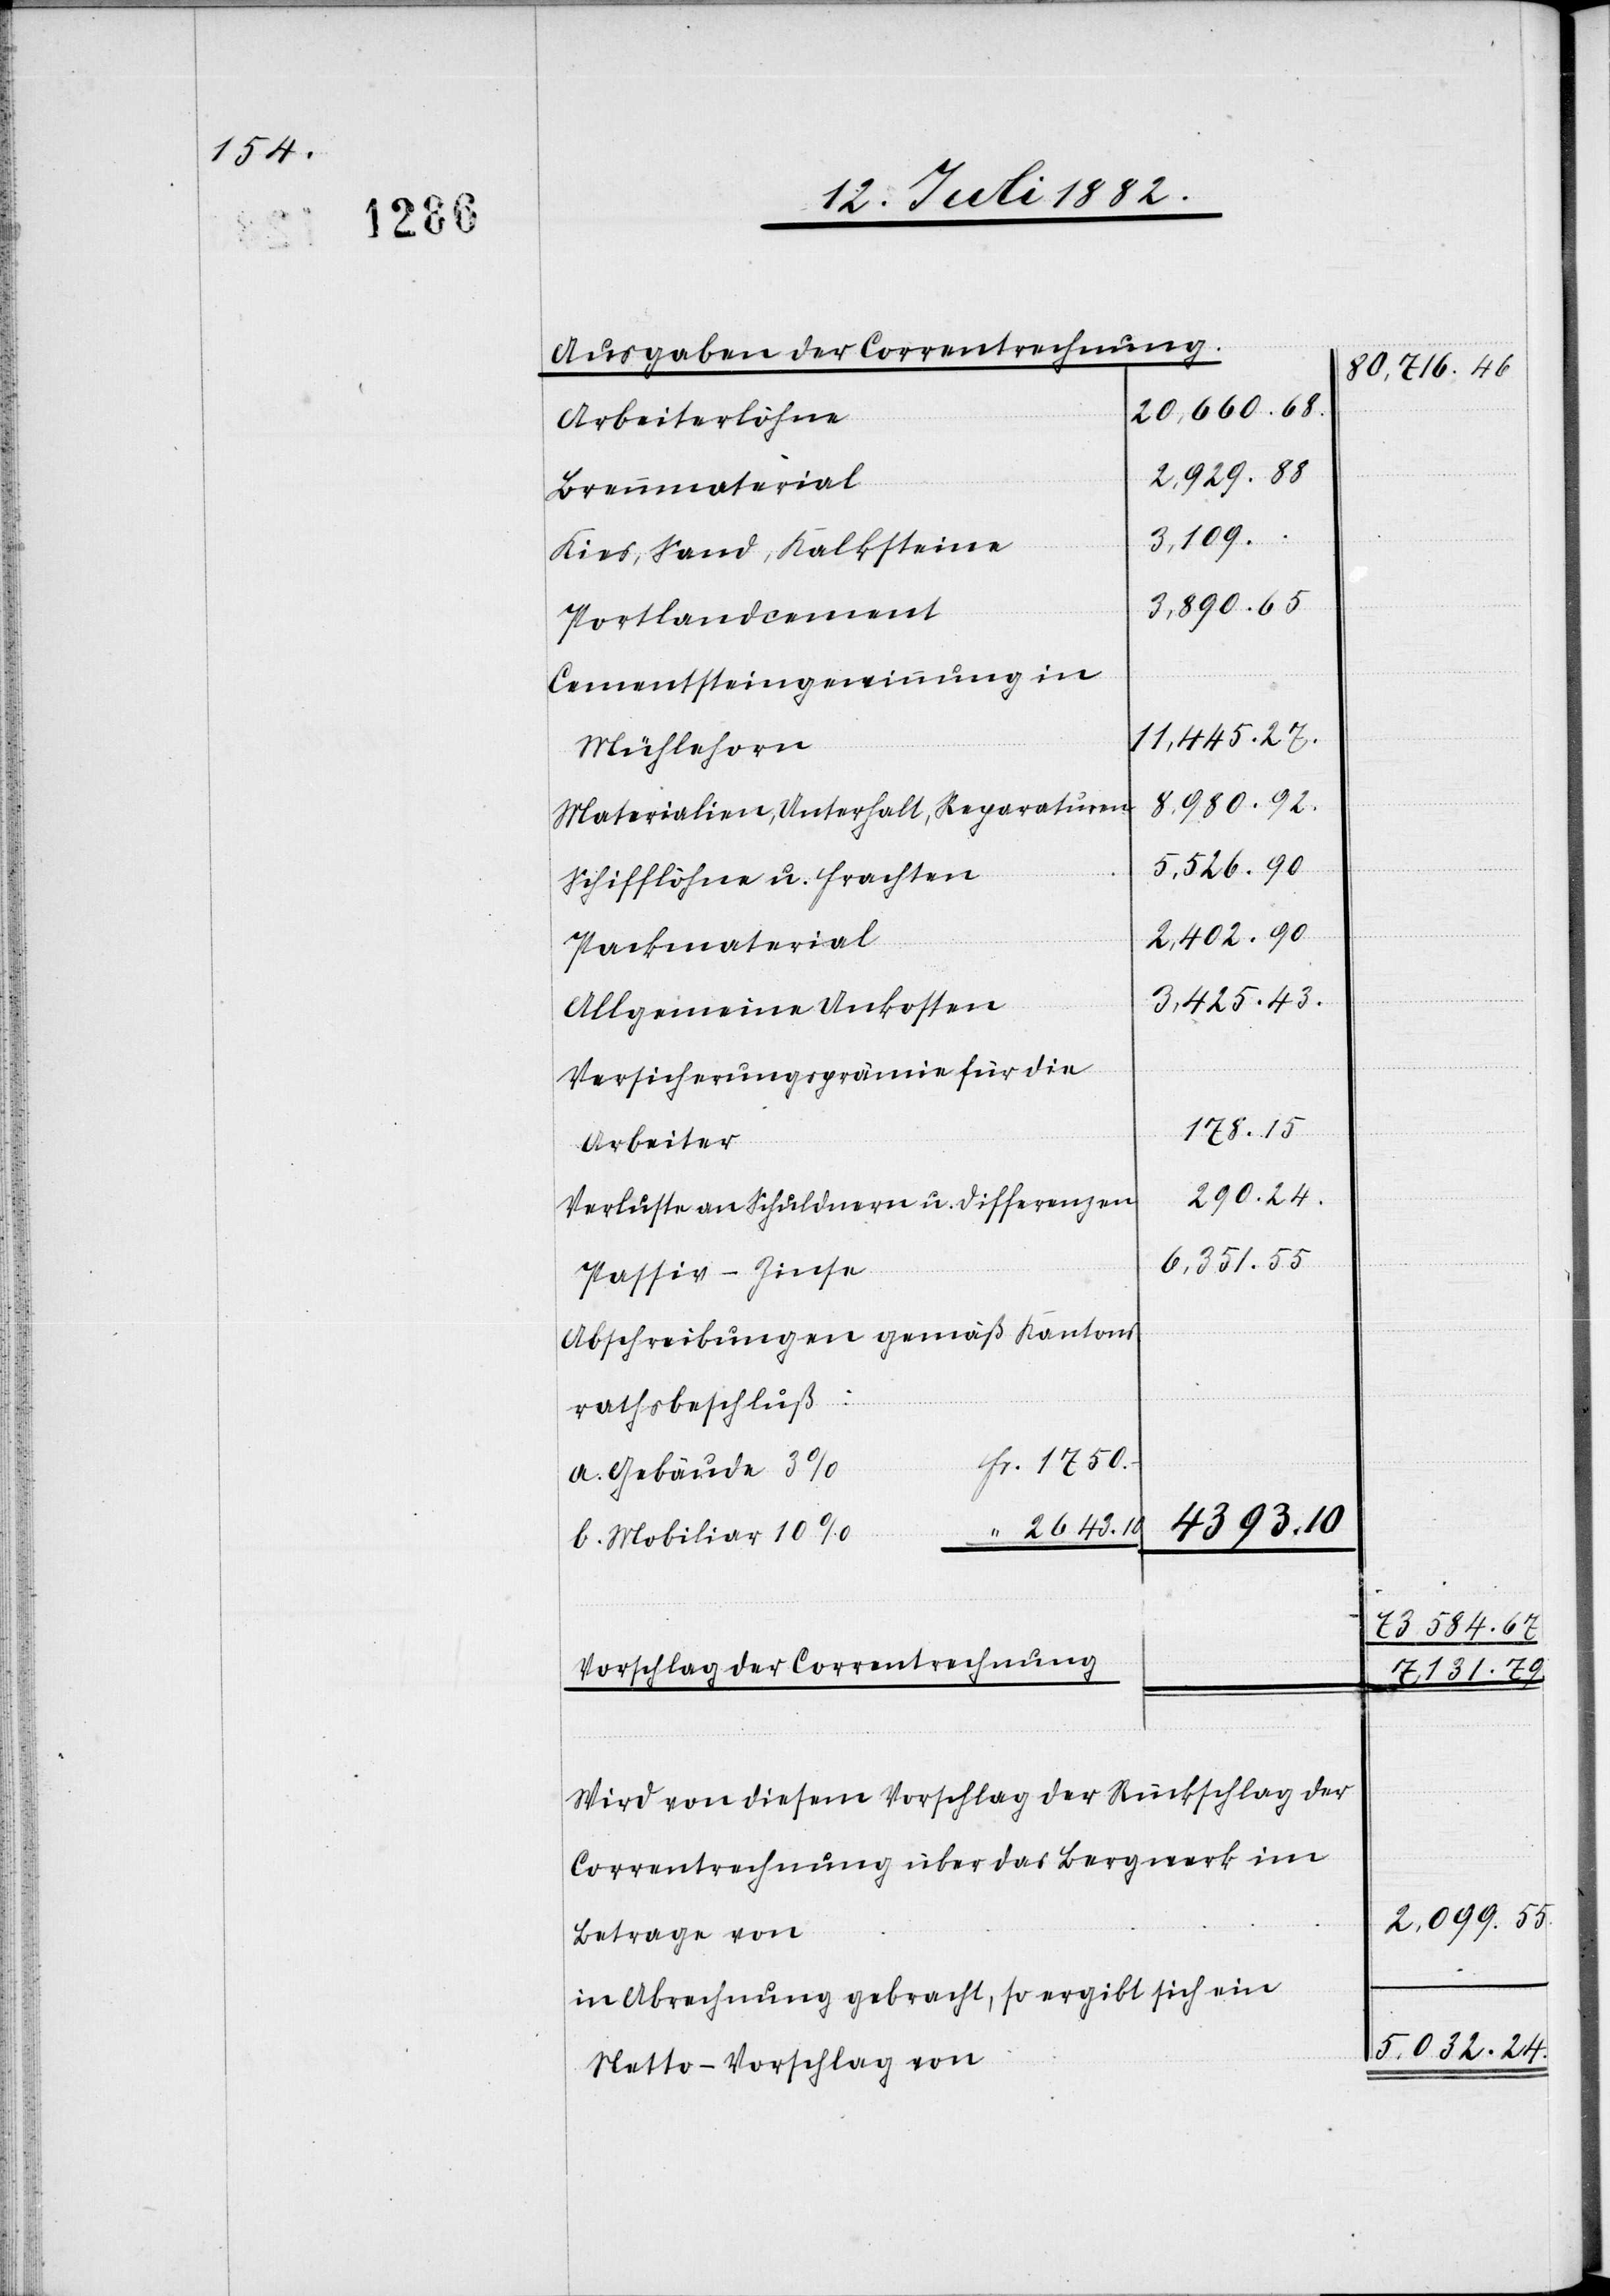
1750.

Ausgaben der Correntrechnung
20,660.
Arbeiterlöhne
2,929.
Brennmaterial
3,109.
“
Kies, Sand, Kalkstein
Portlandcement
Cementsteingewinnung in
11,445.
Mühlehorn
5,032.
Materialien, Unterhalt, Reparaturen
24.
Schifflöhne u. Frachten
Packmaterial
Allgemeine Unkosten
Versicherungsprämien für die
Arbeiter
Verlust an Schuldnern u. Differenzen
Passiv-Zinse
Abschreibungen gemäß Kantons¬
rathsbeschluß:
a. Gebäude 3%
4393.
–
b. Mobiliar 10%
Vorschlag der Correntrechnung
Wird von diesem Vorschlag der Rückschlag der
Correntrechnung über das Bergwerk im
Betrage von
in Abrechnung gebracht, so ergibt sich ein
Netto-Vorschlag von

73,584.
2,099.